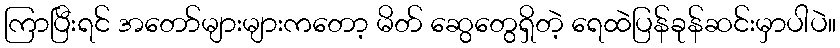
ကြာပြီးရင် အတော်များများကတော့ မိတ် ဆွေတွေရှိတဲ့ ရေထဲပြန်ခုန်ဆင်းမှာပါပဲ။